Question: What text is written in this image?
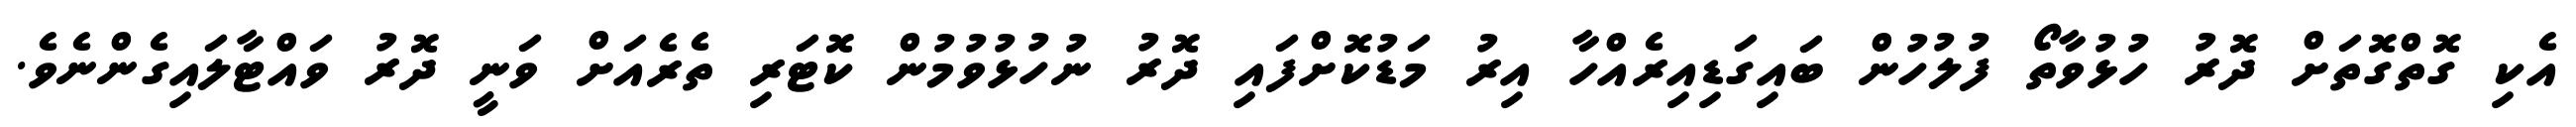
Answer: އެކި ގޮތްގޮތަށް ދޮރު ހުޅުވާތޯ ފުލުހުން ބައިގަޑިއިރެއްހާ އިރު މަޑުކޮށްފައި ދޮރު ނުހުޅުވުމުން ކޮޓަރި ތެރެއަށް ވަނީ ދޮރު ވައްޓާލައިގެންނެވެ.